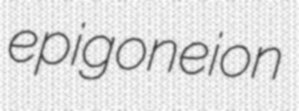
epigoneion